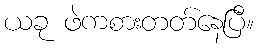
ယခု ဖဲကစားတတ်နေပြီ။